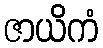
ဇာယိကံ